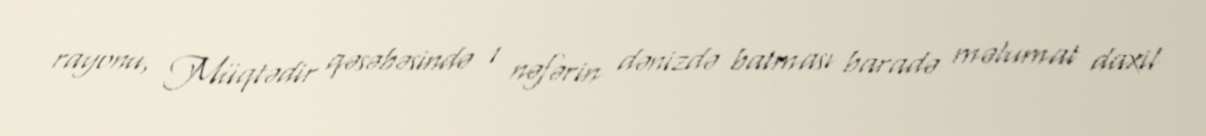
rayonu, Müqtədir qəsəbəsində 1 nəfərin dənizdə batması baradə məlumat daxil